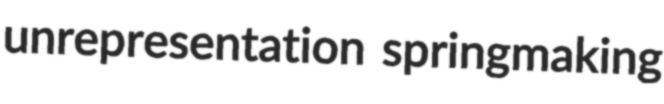
unrepresentation springmaking